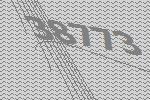
38773